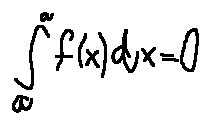
\int \limits _ { a } ^ { a } f ( x ) d x = 0